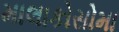
માલાકોસોમા